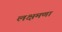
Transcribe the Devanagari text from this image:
लक्षमणा